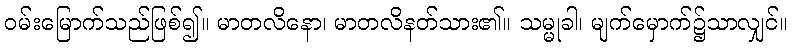
ဝမ်းမြောက်သည်ဖြစ်၍။ မာတလိနော၊ မာတလိနတ်သား၏။ သမ္မုခါ၊ မျက်မှောက်၌သာလျှင်။